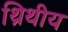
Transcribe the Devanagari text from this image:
थ्रिथीय